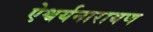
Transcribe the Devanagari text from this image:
ऐश्वर्यनारायण